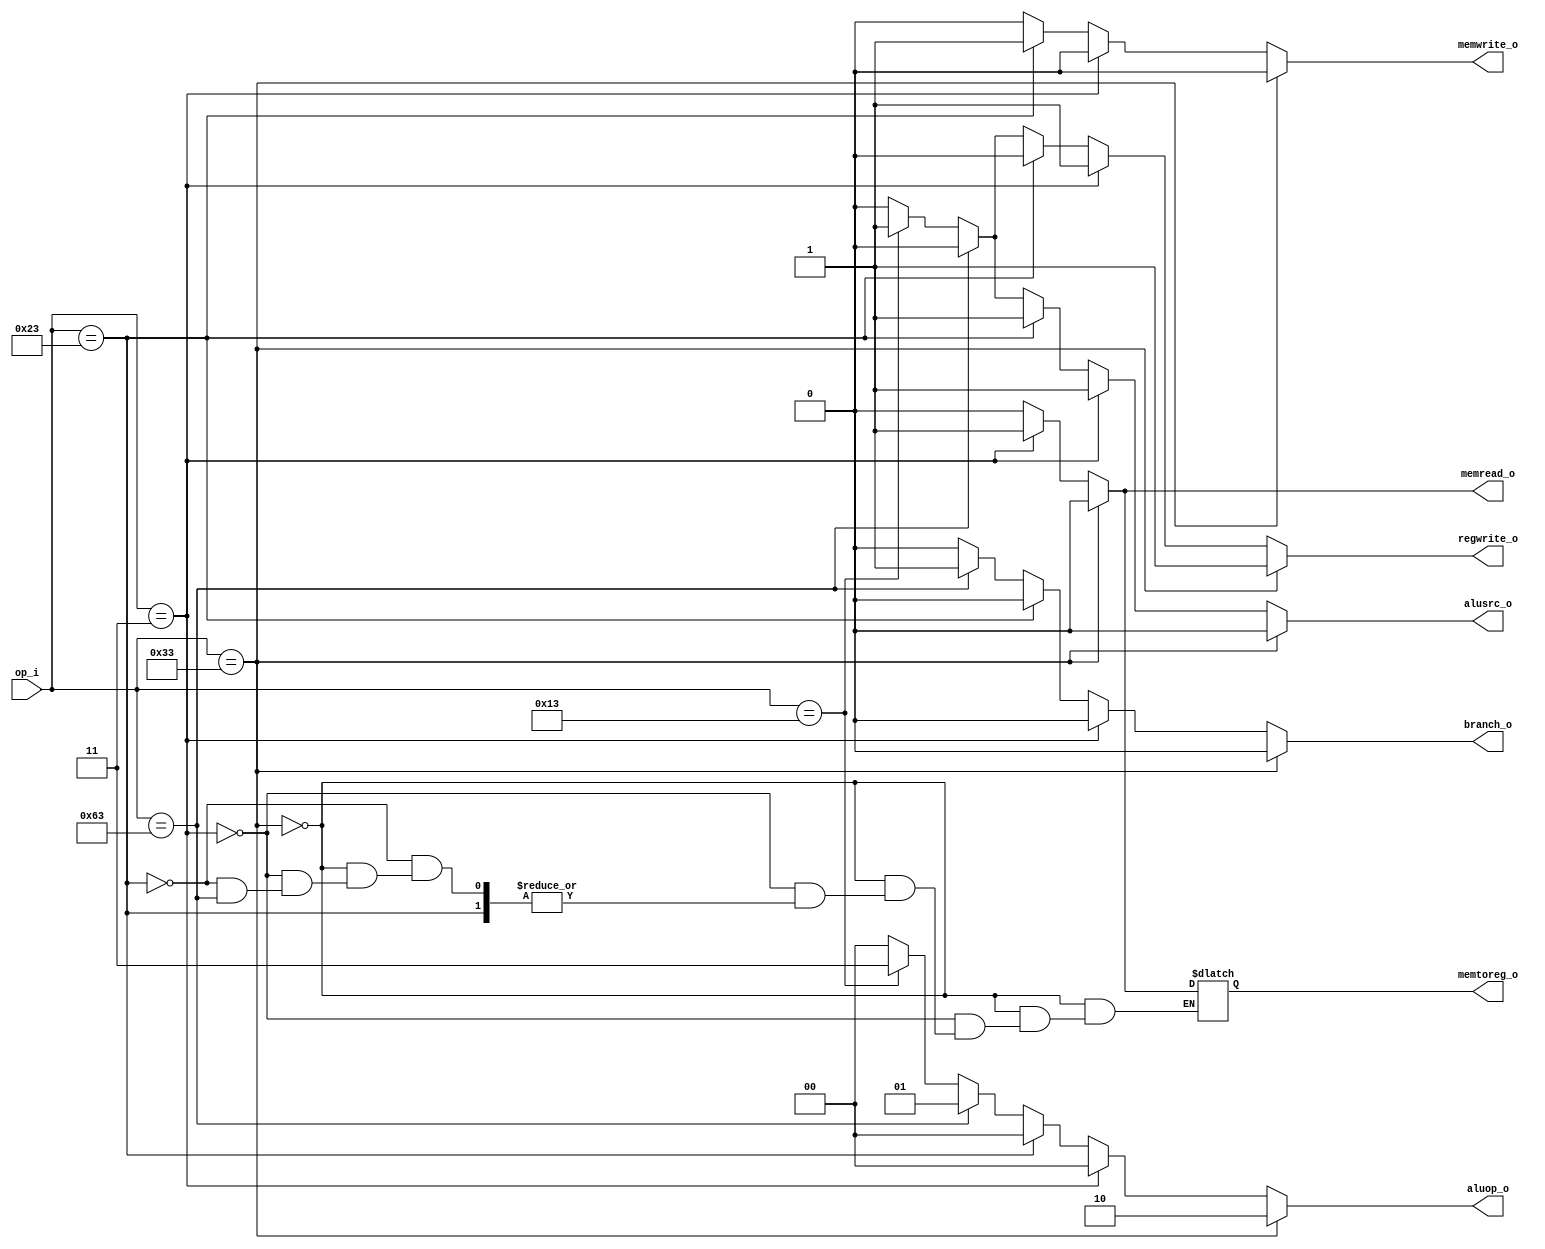

module Control(op_i, branch_o, memread_o, memwrite_o, memtoreg_o, alusrc_o, aluop_o, regwrite_o);

input [6:0] op_i;
output branch_o, memread_o, memwrite_o, memtoreg_o, alusrc_o, regwrite_o;
output [1:0] aluop_o;

reg r_branch_o, r_memread_o, r_memwrite_o, r_memtoreg_o, r_alusrc_o, r_regwrite_o;
reg [1:0] r_aluop_o;

always @ (op_i) begin
	if (op_i[6:0] == 7'b0110011) begin // r type
		r_branch_o   = 0;
		r_memread_o  = 0;
		r_memwrite_o = 0;
		r_memtoreg_o = 0;
		r_alusrc_o   = 0;
		r_aluop_o    = 2'b10;
		r_regwrite_o = 1;
	end else if (op_i[6:0] == 7'b0000011) begin // load
		r_branch_o   = 0;
		r_memread_o  = 1;
		r_memwrite_o = 0;
		r_memtoreg_o = 1;
		r_alusrc_o   = 1;
		r_aluop_o    = 2'b00;
		r_regwrite_o = 1;
	end else if (op_i[6:0] == 7'b0100011) begin // store
		r_branch_o   = 0;
		r_memread_o  = 0;
		r_memwrite_o = 1;
		// r_memtoreg_o = x; 
		r_alusrc_o   = 1;
		r_aluop_o    = 2'b00;
		r_regwrite_o = 0;
	end else if (op_i[6:0] == 7'b1100011) begin // beq
		r_branch_o   = 1;
		r_memread_o  = 0;
		r_memwrite_o = 0;
		// r_memtoreg_o = x; 
		r_alusrc_o   = 0;
		r_aluop_o    = 2'b01;
		r_regwrite_o = 0;
	end else if (op_i[6:0] == 7'b0010011) begin // addi
        r_branch_o   = 0;
        r_memread_o  = 0;
        r_memwrite_o = 0;
        r_memtoreg_o = 0;
        r_alusrc_o   = 1;
        r_aluop_o    = 2'b11;
        r_regwrite_o = 1;
    end else begin
        r_branch_o   = 0;
        r_memread_o  = 0;
        r_memwrite_o = 0;
        r_memtoreg_o = 0;
        r_alusrc_o   = 0;
        r_aluop_o    = 2'b00;
        r_regwrite_o = 0;
	end
end

assign branch_o   = r_branch_o;
assign memread_o  = r_memread_o;
assign memwrite_o = r_memwrite_o;
assign memtoreg_o = r_memtoreg_o;
assign alusrc_o   = r_alusrc_o;
assign aluop_o    = r_aluop_o;
assign regwrite_o = r_regwrite_o;

endmodule